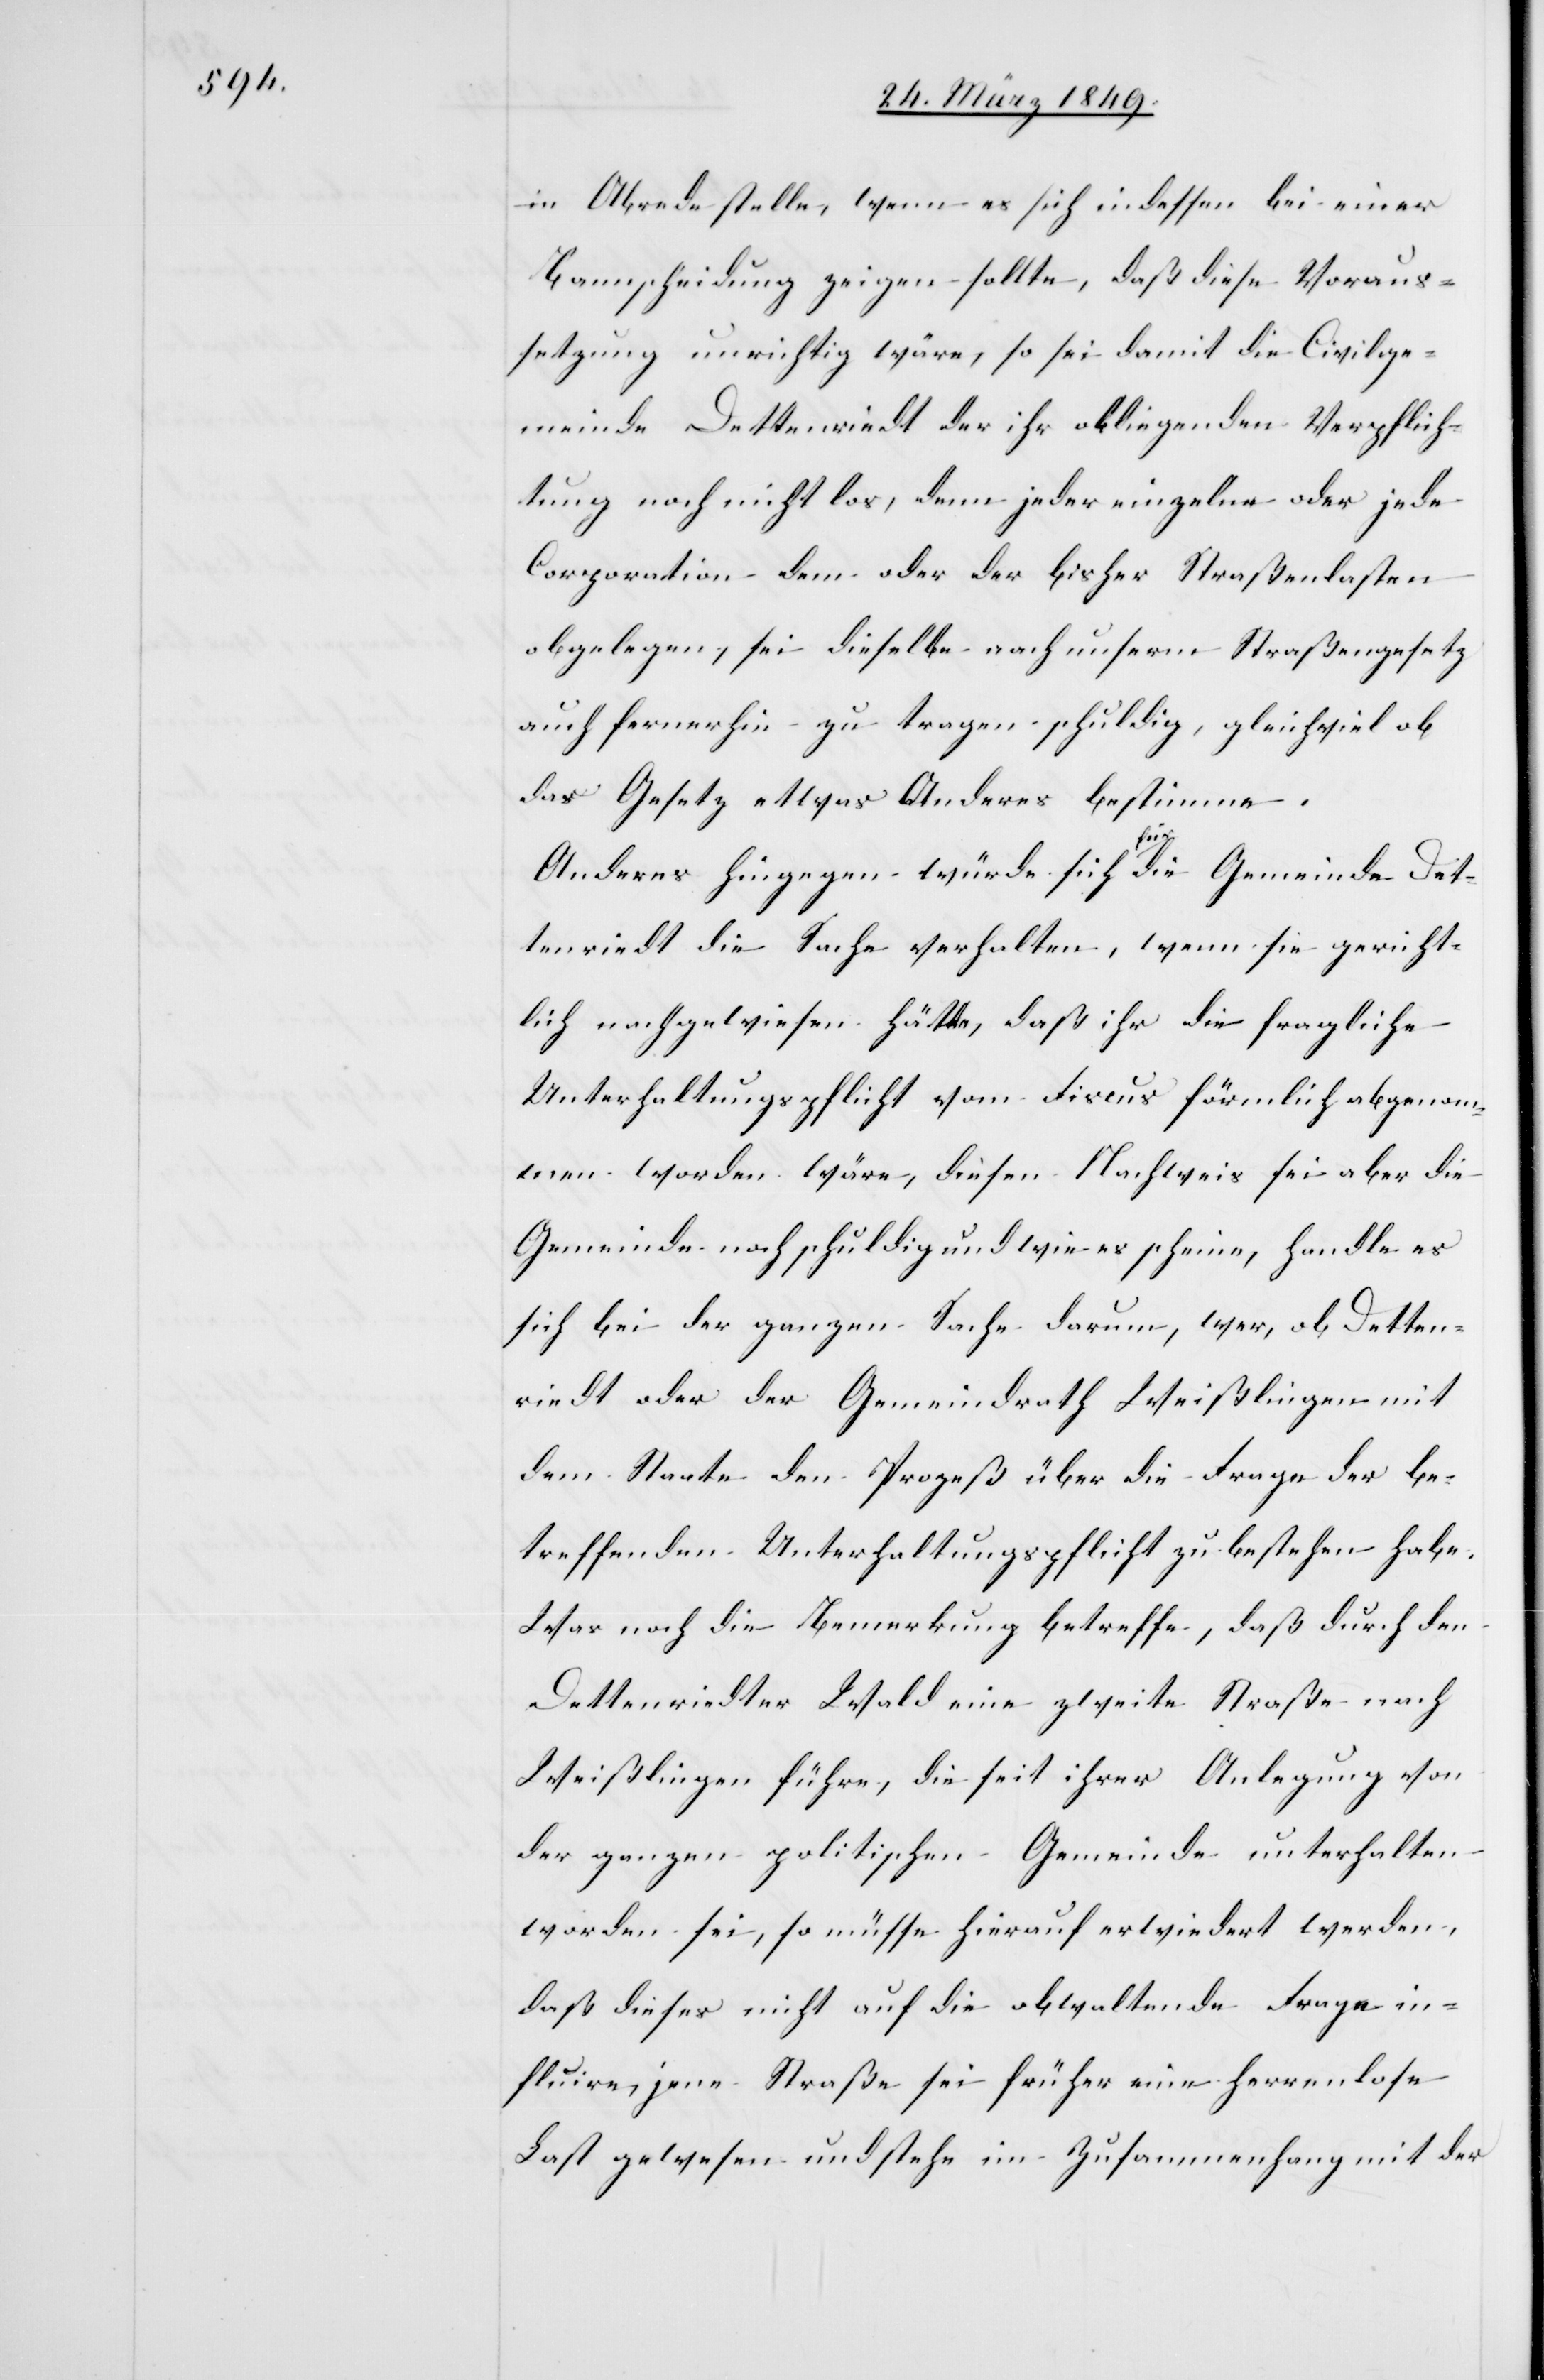
in Abrede stelle, wenn es sich indessen bei einer
Bannscheidung zeigen sollte, daß diese Voraus¬
setzung unrichtig wäre, so sei damit die Civilge¬
meinde Dettenriedt der ihr obliegenden Verpflich¬
tung noch nicht los, denn jeder einzelne oder jede
Corporation dem oder der bisher Straßenlasten
obgelegen, sei dieselbe nach unserm Straßengesetz
auch fernerhin zu tragen schuldig, gleichviel ob
das Gesetz etwas Anderes bestimme.
Anderes hingegen würde sich für die Gemeinde Det¬
tenriedt die Sache verhalten, wenn sie gericht¬
lich nachgewiesen hätte, daß ihr die fragliche
Unterhaltungspflicht von dem Fiscus förmlich abgenom¬
men worden wäre, diesen Nachweis sei aber die
Gemeinde noch schuldig und wie es scheine, handle es
sich bei der ganzen Sache darum, wer, ob Detten¬
riedt oder der Gemeindrath Weißlingen mit
dem Staate den Prozeß über die Frage der be¬
treffenden Unterhaltungspflicht zu bestehen habe.
Was noch die Bemerkung betreffe, daß durch den
Dettenriedter Wald eine zweite Straße nach
Weißlingen führe, die seit ihrer Anlegung von
der ganzen politischen Gemeinde unterhalten
worden sei, so müsse hierauf erwiedert werden,
daß dieses nicht auf die obwaltende Frage in¬
fluire, jene Straße sei früher eine herrenlose
Last gewesen und stehe im Zusammenhang mit der